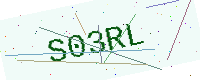
Text: S03RL